Vaccination in Bombay 1874-1876 - 1874-1876
Year: 1874
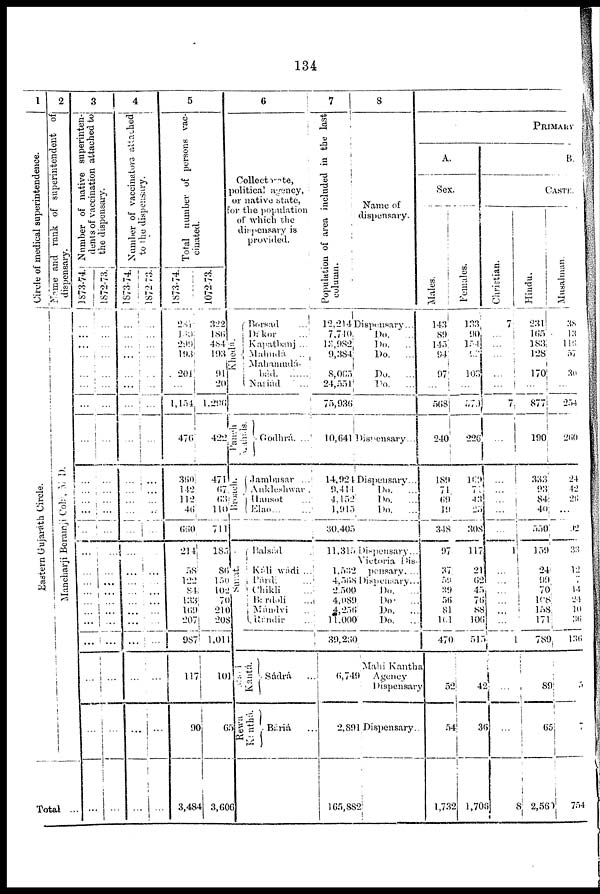
134
1
Circle of medical superintendence.
Eastern Gujaráth Circle.
2
Name and rank of superintendent of
dispensary.
Mancharji Beramji Colá , M. D.
Total ...
3
Number of native superinten-
dents of vaccination attached to
the dispensary.
1873-74.
...
...
...
...
...
...
...
...
...
...
...
...
...
...
...
...
...
...
...
...
...
...
...
...
1872-73.
...
...
...
...
...
...
...
...
...
...
...
...
...
...
...
...
...
...
...
...
...
...
...
...
4
Number of vaccinators attached
to the dispensary.
1873-74.
...
...
...
...
...
...
...
...
...
...
...
...
...
...
...
...
...
...
...
...
...
...
...
...
1872-73.
...
...
...
...
...
...
...
...
...
...
...
...
...
...
...
...
...
...
...
...
...
...
...
5
Total number of persons vac-
cinated.
1873-74.
281
180
299
193
201
...
1,154
476
360
142
112
46
660
214
58
122
84
133
169
207
987
117
90
3,484
1872-73.
322
186
484
193
91
20
1,296
422
471
67
63
110
711
185
86
150
102
70
210
208
1,011
101
65
3,606
6
Collectorate,
political agency,
or native state,
for the population
of which the
dispensary is
provided.
Khedá
Panch
Mahals.
Broach.
Surat.
Mahi
Kantá.
Rewa
Kanthá.
Borsad
...
Dákor ...
Kapatbanj ...
Mahudá
..
Mahamudá-
bád.
......
Nariád
...
Godhrá.
...
Jambusar
...
Ankleshwar.
Hansot ...
Elao
...
...
Balsád
Káli wádi ...
Párd ...
Chikli ...
Bardoli
...
Mándvi ...
Rándir ...
Sádrá ...
Báriá
...
7
Population of area included in the last
column.
12,214
7,740
13,982
9,384
8,065
24,551
75,936
10,641
14,924
9,414
4,152
1,915
30,405
11,315
1,532
4,568
2,500
4,089
4,256
11,000
39,260
6,749
2,891
165,882
8
Name of
dispensary.
Dispensary...
Do. ...
Do.
...
Do.
...
Do.
...
Do.
...
Dispensary...
Dispensary...
Do.
...
Do. ...
Do.
...
Dispensary...
Victoria Dis-
pensary. ...
Dispensary...
Do.
...
Do.
...
Do.
...
Do.
...
Mahi Kantha
Agency
Dispensary
Dispensary.
PRIMARY
A.
Sex.
Males.
143
89
145
94
97
...
568
240
189
71
69
19
348
97
37
59
39
56
81
161
470
52
54
1,732
Females.
133
90
154
97
103
...
579
226
169
71
43
23
308
117
21
62
45
76
88
106
515
42
36
1,706
B.
CASTE.
Christian.
7
...
...
...
...
...
7
...
...
...
...
...
...
1
...
...
...
...
...
...
1
...
...
8
Hindu.
231
165
183
128
170
...
877
190
333
93
84
40
550
159
24
99
70
108
158
171
789
89
65
2,560
Musalman.
38
13
116
57
30
...
254
260
24
42
26
...
92
33
12
7
14
24
10
36
136
5
7
754